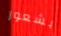
بشعور